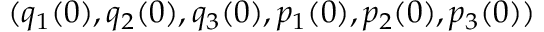
( q _ { 1 } ( 0 ) , q _ { 2 } ( 0 ) , q _ { 3 } ( 0 ) , p _ { 1 } ( 0 ) , p _ { 2 } ( 0 ) , p _ { 3 } ( 0 ) )